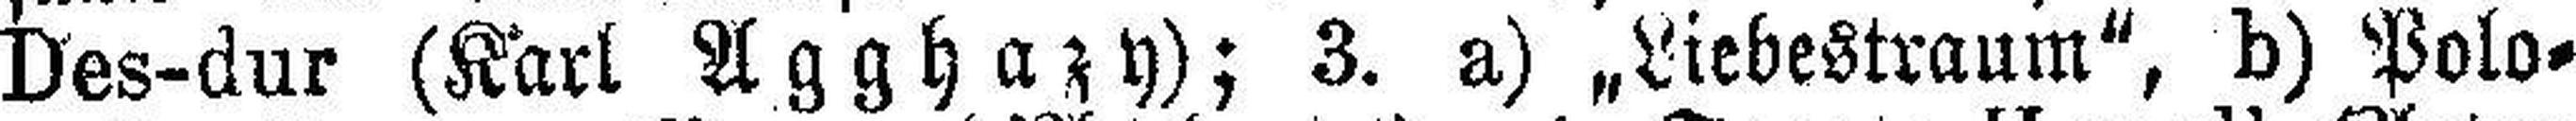
Des-dur (Karl Agghazy); 3. a) „Liebestraum“, b) Polo¬